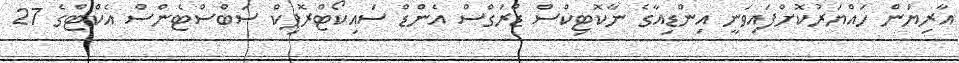
އާރިޔަން ހައްޔަރުކޮށްފައިވަނީ އިންޑިއާގެ ނާކޮޓިކްސް ޑްރަގްސް އެންޑް ސައިކޯޓްރޮޕިކް ސަބްސްޓެންސް އެކްޓްގެ 27